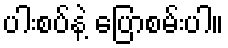
ပါးစပ်နဲ့ ပြောစမ်းပါ။